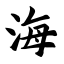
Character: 海